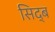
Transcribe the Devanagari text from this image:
सिद्ब